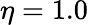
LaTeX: \eta=1.0